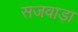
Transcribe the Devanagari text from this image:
सजवाड़ा